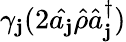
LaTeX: \gamma_{\mathbf{j}}(2\hat{{a_{\mathbf{j}}}}\hat{{\rho}}\hat{{a}}_{\mathbf{j}}^{\dagger})